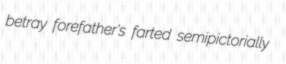
betray forefather's farted semipictorially